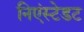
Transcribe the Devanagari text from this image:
निएंस्टेडट